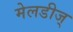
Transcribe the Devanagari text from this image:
मेलडीज्